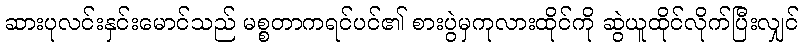
ဆားပုလင်းနှင်းမောင်သည် မစ္စတာကရင်ပင်၏ စားပွဲမှကုလားထိုင်ကို ဆွဲယူထိုင်လိုက်ပြီးလျှင်